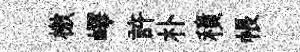
檄嶧許朴積帳